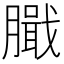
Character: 𦠾